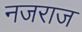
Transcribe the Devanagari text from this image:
नजराज